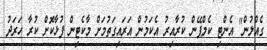
ގެއްލުން" އެންޓި ކެމްޕޭން ކުރާއިރު އެކަމުން އަރައިގަތުމަށް މާކެޓިން ފުޅާކޮށް ކުރާ ހަރަދު